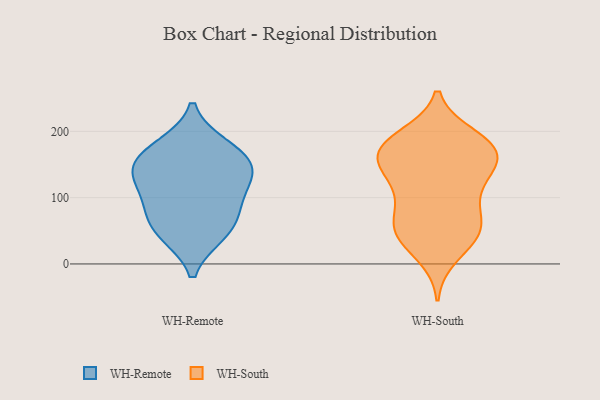
{"axis": {"x": "Waste Production (Tons)", "y": "Value"}, "legend": ["WH-Remote", "WH-South"], "data": [{"x": "", "y": 143, "type": "WH-Remote"}, {"x": "", "y": 114, "type": "WH-Remote"}, {"x": "", "y": 47, "type": "WH-Remote"}, {"x": "", "y": 45, "type": "WH-Remote"}, {"x": "", "y": 138, "type": "WH-Remote"}, {"x": "", "y": 178, "type": "WH-Remote"}, {"x": "", "y": 171, "type": "WH-Remote"}, {"x": "", "y": 144, "type": "WH-Remote"}, {"x": "", "y": 76, "type": "WH-Remote"}, {"x": "", "y": 89, "type": "WH-Remote"}, {"x": "", "y": 149, "type": "WH-South"}, {"x": "", "y": 99, "type": "WH-South"}, {"x": "", "y": 46, "type": "WH-South"}, {"x": "", "y": 192, "type": "WH-South"}, {"x": "", "y": 179, "type": "WH-South"}, {"x": "", "y": 167, "type": "WH-South"}, {"x": "", "y": 64, "type": "WH-South"}, {"x": "", "y": 133, "type": "WH-South"}, {"x": "", "y": 159, "type": "WH-South"}, {"x": "", "y": 129, "type": "WH-South"}, {"x": "", "y": 106, "type": "WH-South"}, {"x": "", "y": 50, "type": "WH-South"}, {"x": "", "y": 44, "type": "WH-South"}, {"x": "", "y": 13, "type": "WH-South"}, {"x": "", "y": 175, "type": "WH-South"}, {"x": "", "y": 72, "type": "WH-South"}, {"x": "", "y": 43, "type": "WH-South"}, {"x": "", "y": 154, "type": "WH-South"}, {"x": "", "y": 180, "type": "WH-South"}, {"x": "", "y": 185, "type": "WH-South"}]}